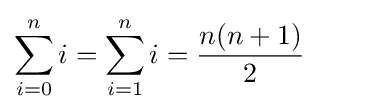
\sum _{i=0}^{n}i=\sum _{i=1}^{n}i={\frac {n(n+1)}{2}}\qquad